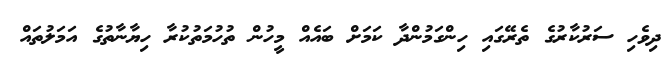
ދިވެހި ސަރުކާރުގެ ތެރޭގައި ހިންގަމުންދާ ކަމަށް ބައެއް މީހުން ތުހުމަތުކުރާ ހިޔާނާތުގެ އަމަލުތައް